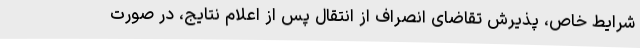
شرایط خاص، پذیرش تقاضای انصراف از انتقال پس از اعلام نتایج، در صورت